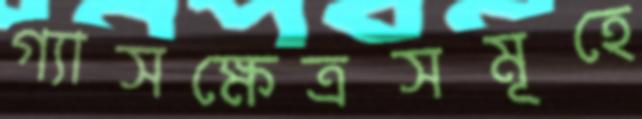
গ্যাসক্ষেত্রসমূহে